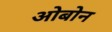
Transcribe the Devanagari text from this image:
ओबोन